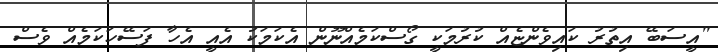
"އީސަބޭ އިތުރު ކައިވެންޏެއް ކުރުމަކީ ގޯސްކަމެއްނޫން އެކަމަކު އެއީ އެހާ ފަސޭހަކަމެއް ވެސް